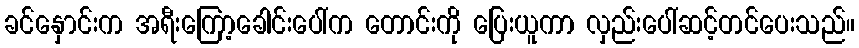
ခင်နှောင်းက အရီးကြော့ခေါင်းပေါ်က တောင်းကို ပြေးယူကာ လှည်းပေါ်ဆင့်တင်ပေးသည်။